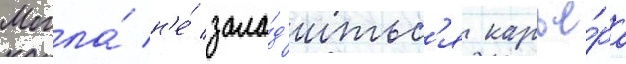
Могла́ н'е́ зала́д'итьс'я карье́ра